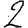
Digit: 2